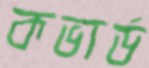
কভার্ড